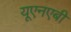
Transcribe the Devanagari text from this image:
यूएनएबी